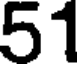
51